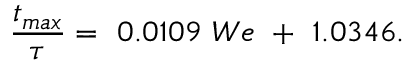
\frac { { t } _ { m a x } } { \tau } = \ 0 . 0 1 0 9 \ W e \ + \ 1 . 0 3 4 6 .